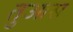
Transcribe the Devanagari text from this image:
तुआस